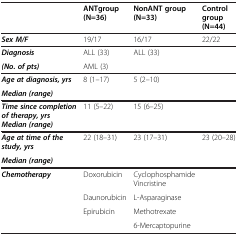
<table><thead><tr><td><b> </b></td><td><b>ANTgroup (N=36)</b></td><td><b>NonANT group (N=33)</b></td><td><b>Control group (N=44)</b></td></tr></thead><tbody><tr><td><b><i>Sex M/F</i></b></td><td>19/17</td><td>16/17</td><td>22/22</td></tr><tr><td><b><i>Diagnosis</i></b></td><td>ALL (33)</td><td>ALL (33)</td><td> </td></tr><tr><td><b><i>(No. of pts)</i></b></td><td>AML (3)</td><td> </td><td> </td></tr><tr><td><b><i>Age at diagnosis, yrs</i></b></td><td>8 (1–17)</td><td>5 (2–10)</td><td> </td></tr><tr><td><b><i>Median (range)</i></b></td><td> </td><td> </td><td> </td></tr><tr><td><b><i>Time since completion of therapy, yrs Median (range)</i></b></td><td>11 (5–22)</td><td>15 (6–25)</td><td> </td></tr><tr><td><b><i>Age at time of the study, yrs</i></b></td><td>22 (18–31)</td><td>23 (17–31)</td><td>23 (20–28)</td></tr><tr><td><b><i>Median (range)</i></b></td><td> </td><td> </td><td> </td></tr><tr><td><b><i>Chemotherapy</i></b></td><td>Doxorubicin</td><td>Cyclophosphamide Vincristine</td><td> </td></tr><tr><td> </td><td>Daunorubicin</td><td>L-Asparaginase</td><td> </td></tr><tr><td> </td><td>Epirubicin</td><td>Methotrexate</td><td> </td></tr><tr><td> </td><td> </td><td>6-Mercaptopurine</td><td> </td></tr></tbody></table>